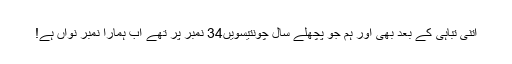
اتنی تباہی کے بعد بھی اور ہم جو پچھلے سال چونتیسویں34 نمبر پر تھے اب ہمارا نمبر نواں ہے!